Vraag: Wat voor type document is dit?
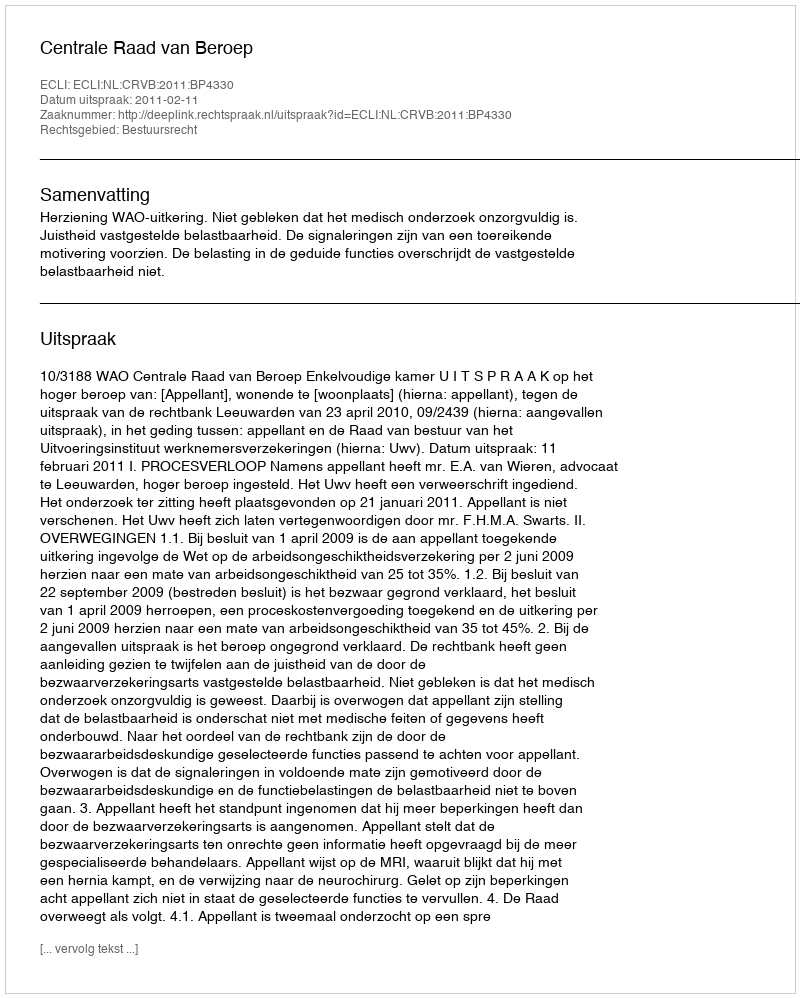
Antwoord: Uitspraak